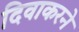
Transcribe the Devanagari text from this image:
दिवाकरने